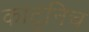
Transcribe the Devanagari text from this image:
काटुनिच